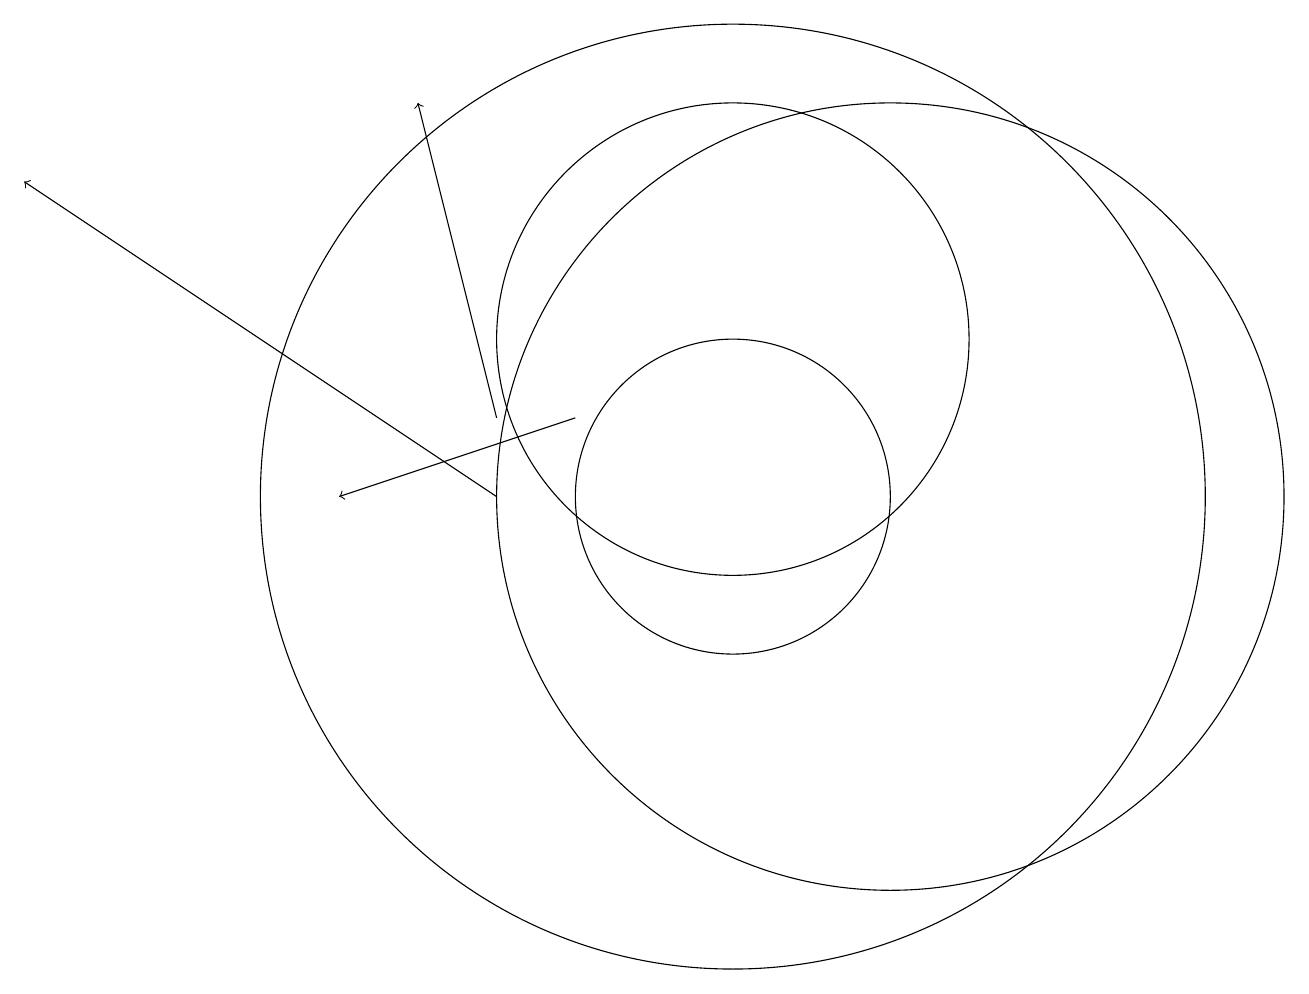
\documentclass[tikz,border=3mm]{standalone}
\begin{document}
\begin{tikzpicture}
\draw[->] (8,11) -- (5,10);
\draw (10,10) circle (6);
\draw (10,12) circle (3);
\draw (12,10) circle (5);
\draw (10,10) circle (2);
\draw[->] (7,10) -- (1,14);
\draw[->] (7,11) -- (6,15);
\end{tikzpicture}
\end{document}